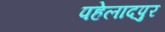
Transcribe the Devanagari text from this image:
पहेलादपुर